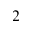
^ 2